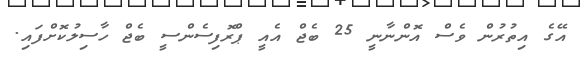
އޭގެ އިތުރުން ވެސް އޮންނާނީ 25 ބެޖް އެއީ ޕްރޮފިސެންސީ ބެޖް ހާސިލުކޮށްފައި.